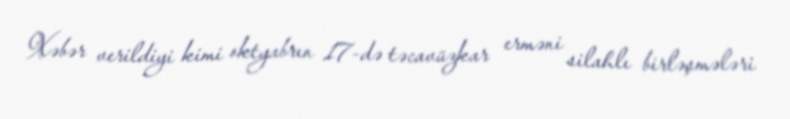
Xəbər verildiyi kimi oktyabrın 17-də təcavüzkar erməni silahlı birləşmələri